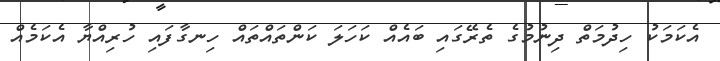
އެކަމަކު ހިދުމަތް ދިނުމުގެ ތެރޭގައި ބައެއް ކަހަލަ ކަންތައްތައް ހިނގާފައި ހުރިއްޔާ އެކަމެއް